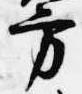
方